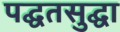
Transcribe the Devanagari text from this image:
पद्घतसुद्घा